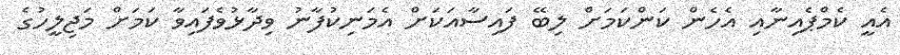
އެއީ ކެމްޕެއިނާއި އެހެން ކަންކަމަށް ލިބޭ ފައިސާއަކަށް އެމަނިކުފާނު ވިދާޅުވެފައިވާ ކަމަށް މަޖިލީހުގެ